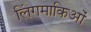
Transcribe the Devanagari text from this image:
लिंगमाकिओं